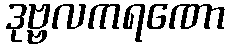
ဒုဗ္ဗလကရဏော